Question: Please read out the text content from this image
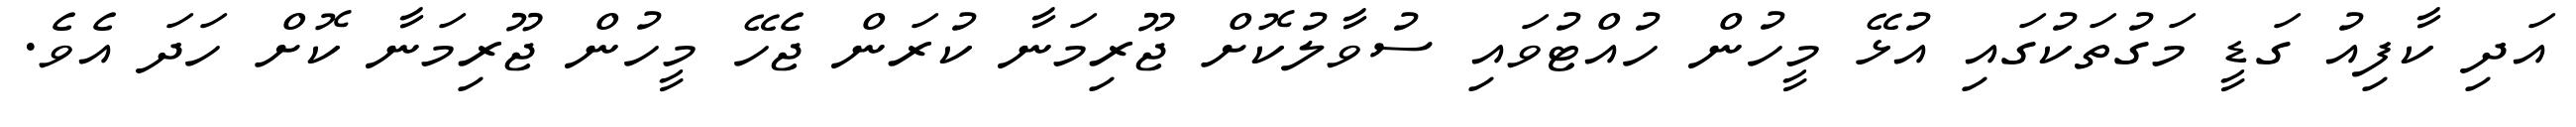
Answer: އަދި ކާފިއު ގަޑީ މަގުތަކުގައި އުޅޭ މީހުން ހުއްޓުވައި ސުވާލުކޮށް ޖޫރިމަނާ ކުރަން ޖެހޭ މީހުން ޖޫރިމަނާ ކޮށް ހަދަ އެވެ.